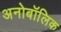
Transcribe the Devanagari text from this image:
अनोबॉलिक